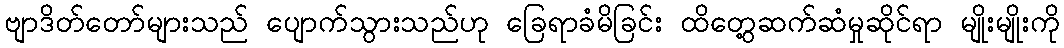
ဗျာဒိတ်တော်များသည် ပျောက်သွားသည်ဟု ခြေရာခံမိခြင်း ထိတွေ့ဆက်ဆံမှုဆိုင်ရာ မျိုးမျိုးကို